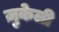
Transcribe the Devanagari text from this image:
ज़ुकेली